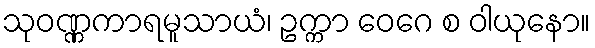
သုဝဏ္ဏကာရမူသာယံ၊ ဥက္ကာ ဝေဂေ စ ဝါယုနော။